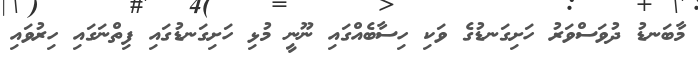
މާބަނޑު ދުވަސްވަރު ހަށިގަނޑުގެ ވަކި ހިސާބެއްގައި ނޫނީ މުޅި ހަށިގަނޑުގައި ފިތްނަގައި ހިރުވައި